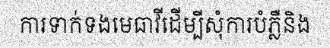
ការទាក់ទងមេធាវីដើម្បីសុំការបំភ្លឺនិង